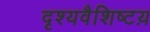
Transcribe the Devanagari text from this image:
दृश्यवैशिष्टय़